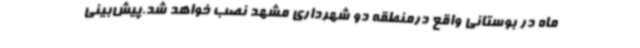
ماه در بوستانی واقع درمنطقه دو شهرداری مشهد نصب خواهد شد.پیش‌بینی